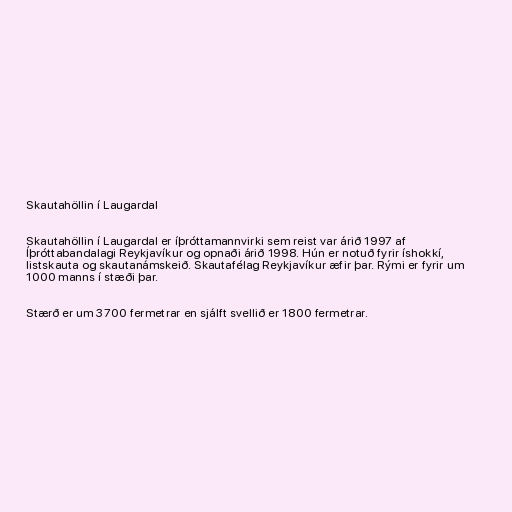
Skautahöllin í Laugardal

Skautahöllin í Laugardal er íþróttamannvirki sem reist var árið 1997 af
Íþróttabandalagi Reykjavíkur og opnaði árið 1998. Hún er notuð fyrir íshokkí,
listskauta og skautanámskeið. Skautafélag Reykjavíkur æfir þar. Rými er fyrir um
1000 manns í stæði þar.

Stærð er um 3700 fermetrar en sjálft svellið er 1800 fermetrar.